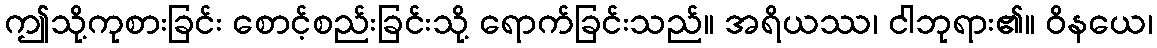
ဤသို့ကုစားခြင်း စောင့်စည်းခြင်းသို့ ရောက်ခြင်းသည်။ အရိယဿ၊ ငါဘုရား၏။ ဝိနယေ၊